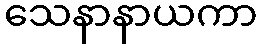
သေနာနာယကာ